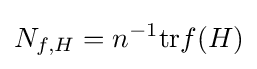
N_{f,H}=n^{-1}{\text{tr}}f(H)